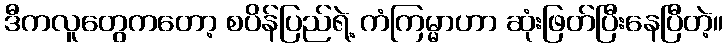
ဒီကလူတွေကတော့ စပိန်ပြည်ရဲ့ ကံကြမ္မာဟာ ဆုံးဖြတ်ပြီးနေပြီတဲ့။